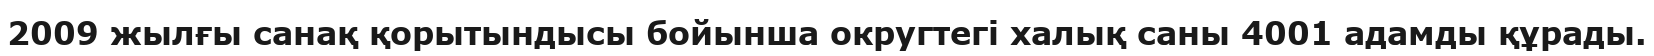
2009 жылғы санақ қорытындысы бойынша округтегі халық саны 4001 адамды құрады.